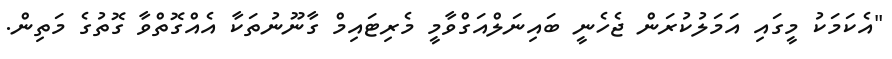
"އެކަމަކު މީގައި އަމަލުކުރަން ޖެހެނީ ބައިނަލްއަގްވާމީ މެރިޓައިމް ގާނޫނުތަކާ އެއްގޮތްވާ ގޮތުގެ މަތިން.